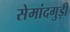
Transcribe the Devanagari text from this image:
सेमांदगुड़ी